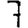
Digit: 7